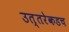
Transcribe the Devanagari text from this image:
उत्तरेकडच